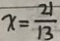
x = \frac { 2 1 } { 1 3 }